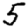
Digit: 5